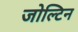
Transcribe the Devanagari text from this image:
जोल्टिन